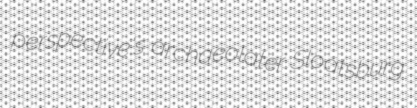
perspective's archaeolater Sloatsburg